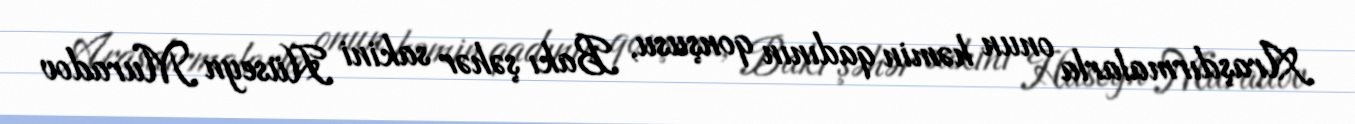
Araşdırmalarla onun həmin qadının qonşusu, Bakı şəhər sakini Hüseyn Muradov